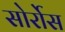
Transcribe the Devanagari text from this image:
सोर्रोस